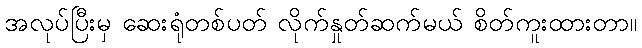
အလုပ်ပြီးမှ ဆေးရုံတစ်ပတ် လိုက်နှုတ်ဆက်မယ် စိတ်ကူးထားတာ။